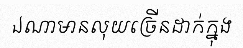
ឯណាមានលុយច្រើនដាក់ក្នុង